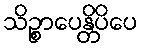
သိဉ္စာပေန္တိပိပေ